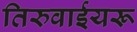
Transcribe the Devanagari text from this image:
तिरुवाईयरू